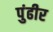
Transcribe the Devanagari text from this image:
पुंढीर